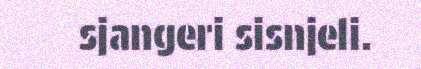
sjangeri sisnjeli.